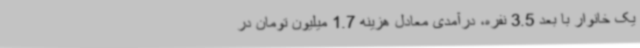
یک خانوار با بعد 3.5 نفره، درآمدی معادل هزینه 1.7 میلیون تومان در